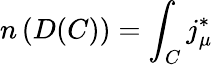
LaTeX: n\left(D(C)\right)=\int_{C}j_{\mu}^{*}